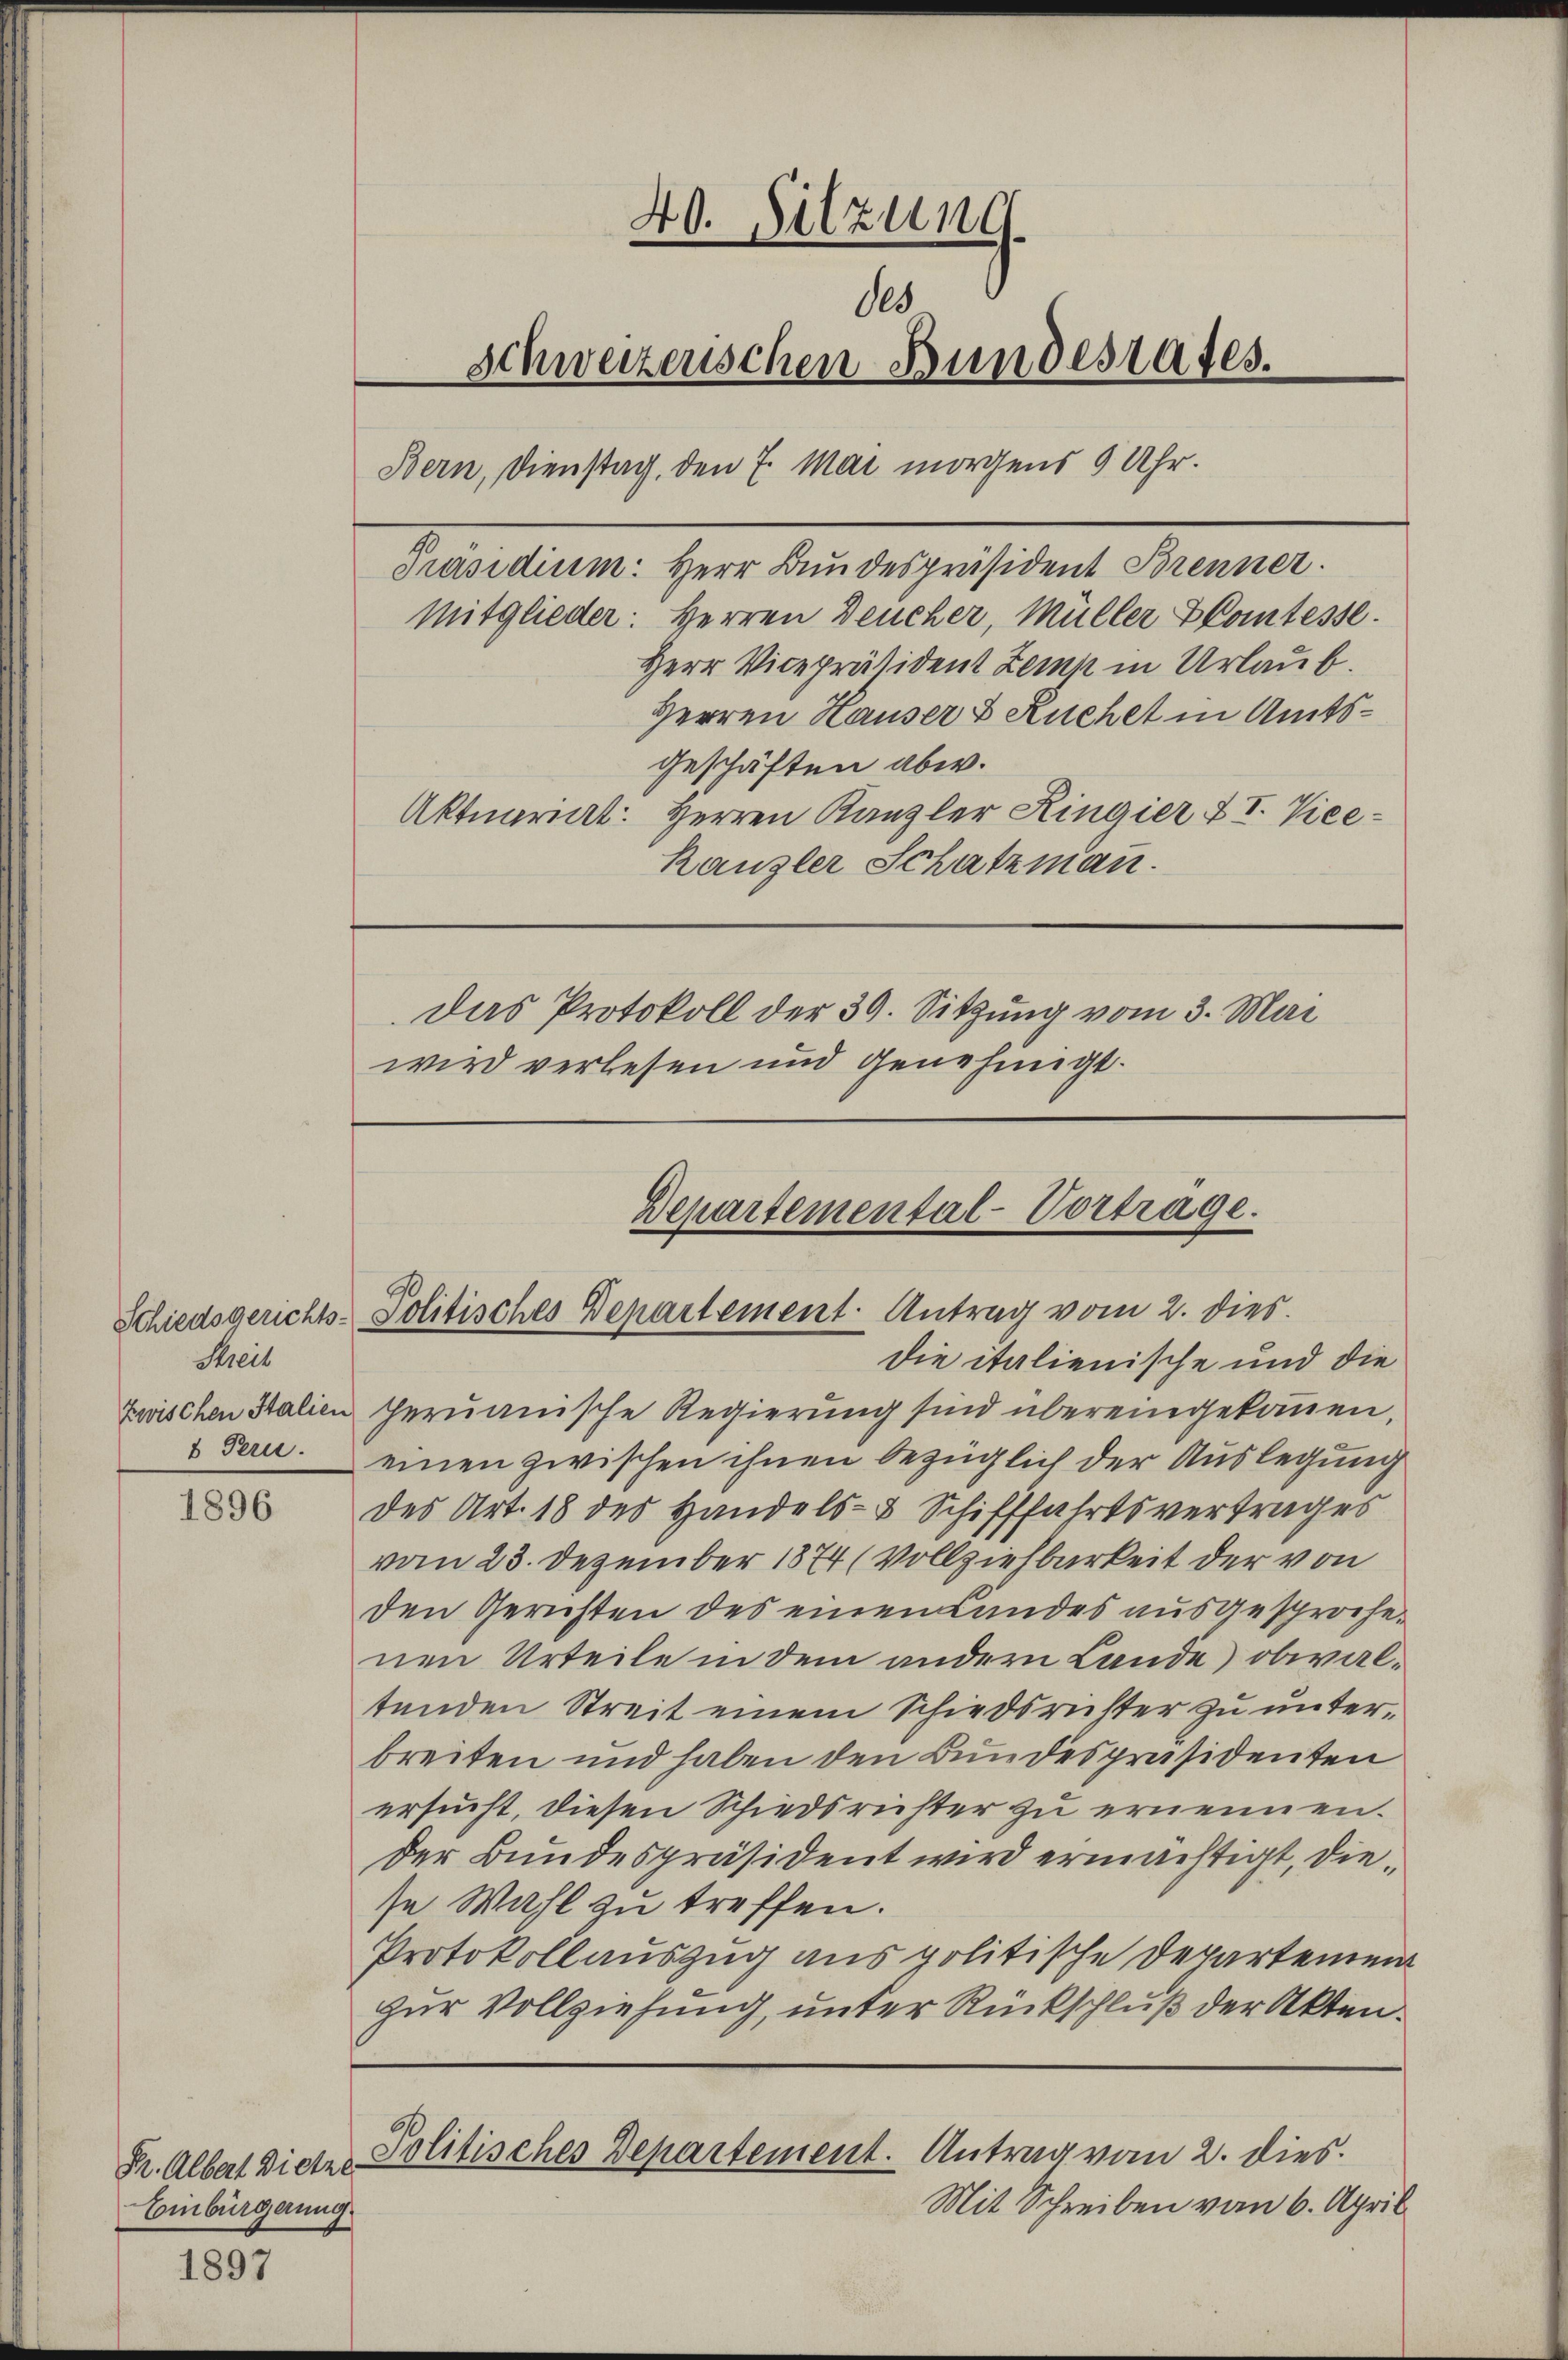
Streit

1896

Dr. Albert Dietzer
Einbürgerung

1897

40. Sitzung.
des
Schweizerischen Bundestates.
Bern, Dienstag, den 7. Mai morgens 9 Uhr.

Präsidium. Herr Bundespräsident Brenner.
Mitglieder: Herren Deucher, Müller Comtesse.
Herr Vicepräsident Zemp in Urlaub.
Herren Hauser & Kuchet in Amtsgeschäften abw.
Aktuariat: Herren Kanzler Ringier & I. Vice¬
Kanzler Schatzmann.
das Protokoll der 39. Sitzung vom 3. Mai
wird verlesen und Genehmigt.

Departemental-Vortrage.
Schiedsgerichts-Politisches Departement. Antrag vom 2. dies

die italienische und die
Zwischen Salien geruanische Regierung sind übereingekommen,
 Fern. einen zwischen ihnen bezüglich der Auslegung
des Art. 18 des Handels- & Schifffahrtsvertrages
vom 23. Dezember 1874 (Vollziehbarkeit der von
den Gerichten des einen Landes ausgesprochenen Urteile in dem andern Lande) obwaltenden Streit einem Schiedsrichter zu unterbreiten und haben den Bundespräsidenten
ersucht, diesen Schiedsrichter zu ernennen.
Der Bundespräsident wird ermächtigt, diese Wahl zu treffen.
Protokollauszug aus politische Departement
zur Vollziehung, unter Rückschluß der Akten.

Mit Schreiben vom 6. April

Politisches Departement. Antrag vom 2. dies